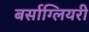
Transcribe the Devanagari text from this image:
बर्साग्लियरी